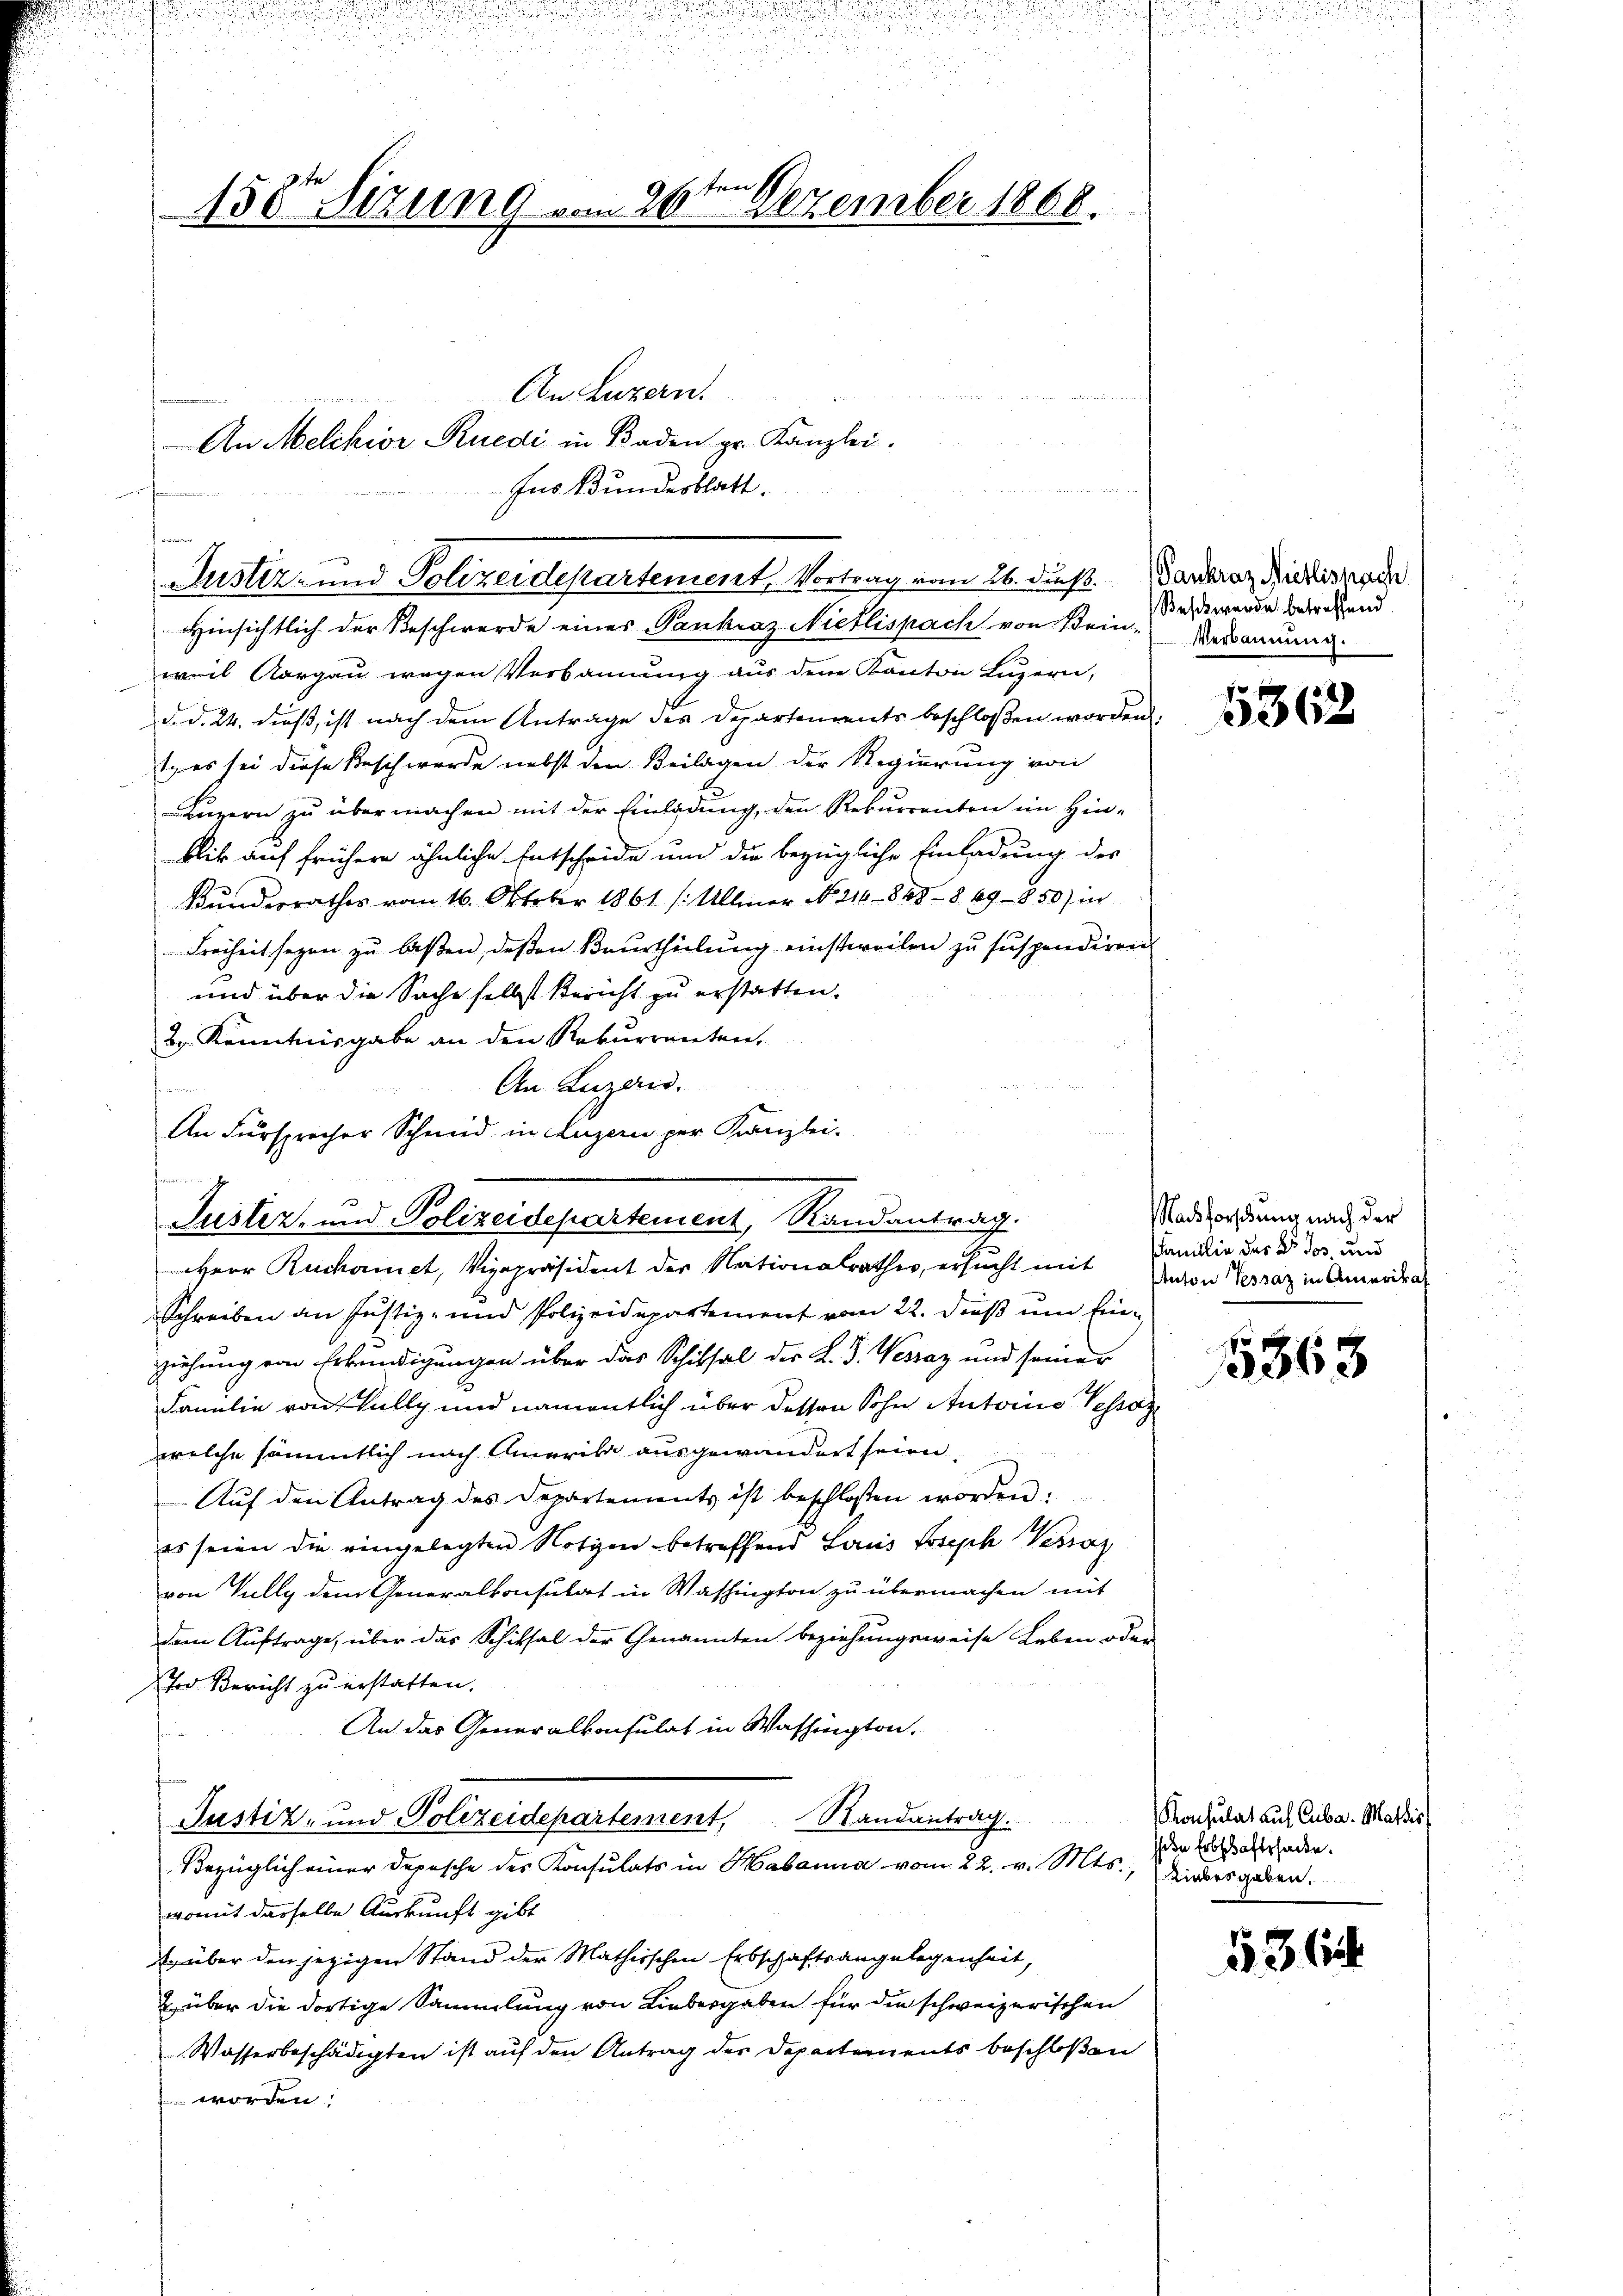
ns
130 Sizung vom 26. Dezember 1868.

An Luzern.
An Melchior Ruedi in Baden pr. Kanzlei.
Ins Bundesblatt.

Justiz- und Polizeidepartement, Vortrag vom 26. dieß.

Justiz- und Polizeidepartement, Randantrag.

Hinsichtlich der Beschwerde einer Paukraz Nietlispach von Bein-
weil Aargau wegen Verbannung aus dem Kanton Luzern,
d. d. 24. dieß, ist nach dem Antrage des Departements beschloßen worden.
t, es sei diese Beschwerde nebst den Beilagen der Regierung von
Luzern zu übermachen mit der Einladung, den Rekurrenten im Hin-
blik auf frühere ähnliche Entscheide und die bezügliche Einladung des
Bundesrathes vom 16. Oktober 1861 /: Alleiner No. 214 - 848 - 8. 69 - 850) i
Freiheit sezen zu laßen, deßen Beurtheilung einstweilen zu suspendiren
und über die Sache selbst Bericht zu erstatten.
2 Kenntnisgabe an den Rekurrenten.
An Luzern.
f
An Fürsprecher Schmid in Luzern per Kanzlei-
Herr Ruchaniet, Vizepräsident der Nationalrathes, ersucht mit
Schreiben an Justiz- und Polizeidepartement vom 22. dieß um Einziehung von Erkundigungen über das Schiksal der K. J. Vessaz und seiner
Familie von Kully und namentlich über dessen Sohn Autorii Pestaz
welche sämmtlich nach Amerika ausgewandert seien.
Aŭf den Antrag des Departements ist beschlossen worden:
es seien die eingelegten Notizen betreffend Laus Joseph Verz
von Tully dem Generalkonsulat in Washington zu übermachen mit
dem Auftrage, über das Schiksal der Genannten beziehungsweise Leben oder
od Bericht zu erstatten.
An das Generalkonsulat in Washington.
Justiz- und Polizeidepartement, Randantrag.
Bezüglich einer Depesche des Konsulats in Habanna vom 22. v. Mts., wiedergeben.
womit derselbe Auskunft gibt
Er über den jezigen Stand der Mathischen Erbschaftsangelegenheit,
 über die dortige Sammlung von Liebergaben für die schweizerischen
Wasserbeschädigten ist auf den Antrag der Departements beschloßen
 werden

Pankraz Nietlisnach
Beschwerde betreffend.
Verbannung.

3362

Nachforschung nach der
Familie des B dos, und
Anton Tessaz in Amerikat

1863

Konsulat auf Cuba-Matdis
de Erbschaftshande.

536